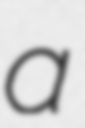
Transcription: a